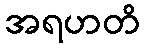
အရဟတိ